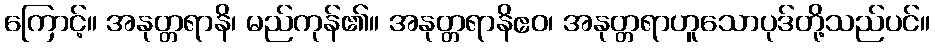
ကြောင့်။ အနုတ္တရာနိ၊ မည်ကုန်၏။ အနုတ္တရာနိဧဝ၊ အနုတ္တရာဟူသောပုဒ်တို့သည်ပင်။